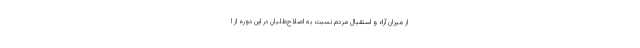
از میزان آراء و استقبال مردم نسبت به اصلاح‌طلبان در این دوره از ا